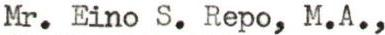
Mr. Eino S. Repo, M.A.,